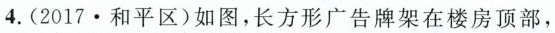
4.(2017·和平区)如图，长方形广告牌架在楼房顶部，